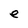
Character: e